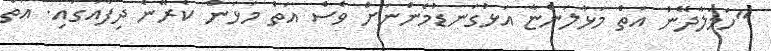
"ހަމަލާދޭން އަތް މަޅާލަންޏާ އަޅުގަނޑުމެންނަށް ވެސް އަތް މަޅަން ކެރޭނެ ދިފާއުގައި. އަތް